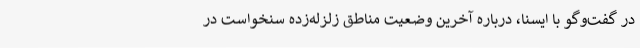
در گفت‌وگو با ایسنا، درباره آخرین وضعیت مناطق زلزله‌زده سنخواست در